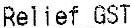
RELIEF GST